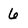
Character: 6